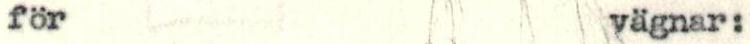
för vägnar: